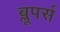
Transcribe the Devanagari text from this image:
ब्लूपर्स